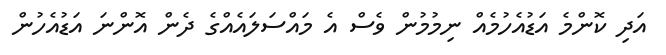
އަދި ކޮންމެ އަޑުއެހުމެއް ނިމުމުން ވެސް އެ މައްސަލައެއްގެ ދެން އޮންނަ އަޑުއެހުން